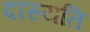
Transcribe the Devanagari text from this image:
दास्यति